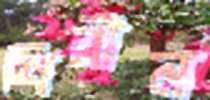
শিরীন